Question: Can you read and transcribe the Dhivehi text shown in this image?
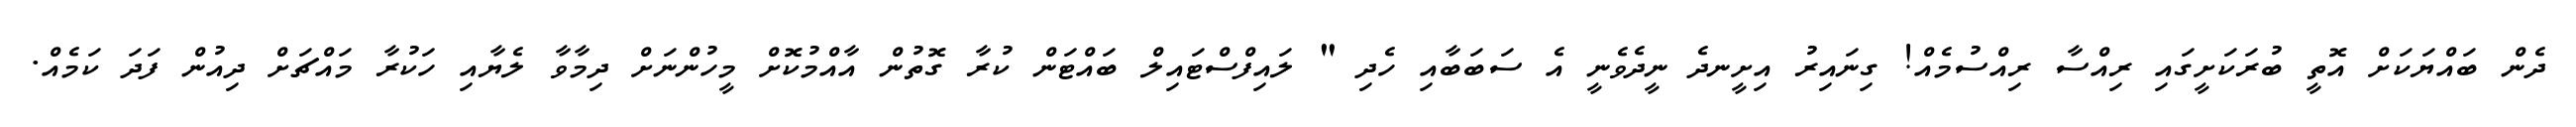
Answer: ދެން ބައްޔަކަށް އޮތީ ބުރަކަށީގައި ރިއްސާ ރިއްސުމެއް! ގިނައިރު އިށީނދެ ނީދެވެނީ އެ ސަބަބާއި ހެދި " ލައިފްސްޓައިލް ބައްޓަން ކުރާ ގޮތުން އާއްމުކޮށް މީހުންނަށް ދިމާވާ ލެޔާއި ހަކުރާ މައްޗަށް ދިއުން ފަދަ ކަމެއް.